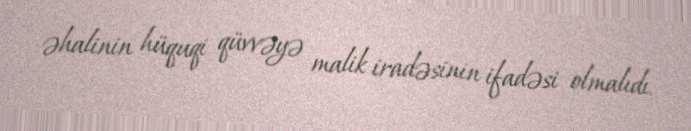
əhalinin hüquqi qüvvəyə malik iradəsinin ifadəsi olmalıdı.